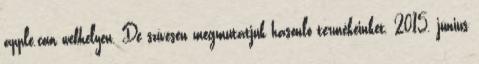
apple.com webhelyen. De szívesen megmutatjuk hasonló termékeinket. 2015. június